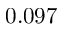
0 . 0 9 7